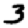
Digit: 3